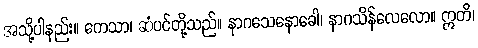
အသို့ပါနည်း။ ကေသာ၊ ဆံပင်တို့သည်။ နာဂသေနောခေါ၊ နာဂသိန်လေလော။ ဣတိ၊